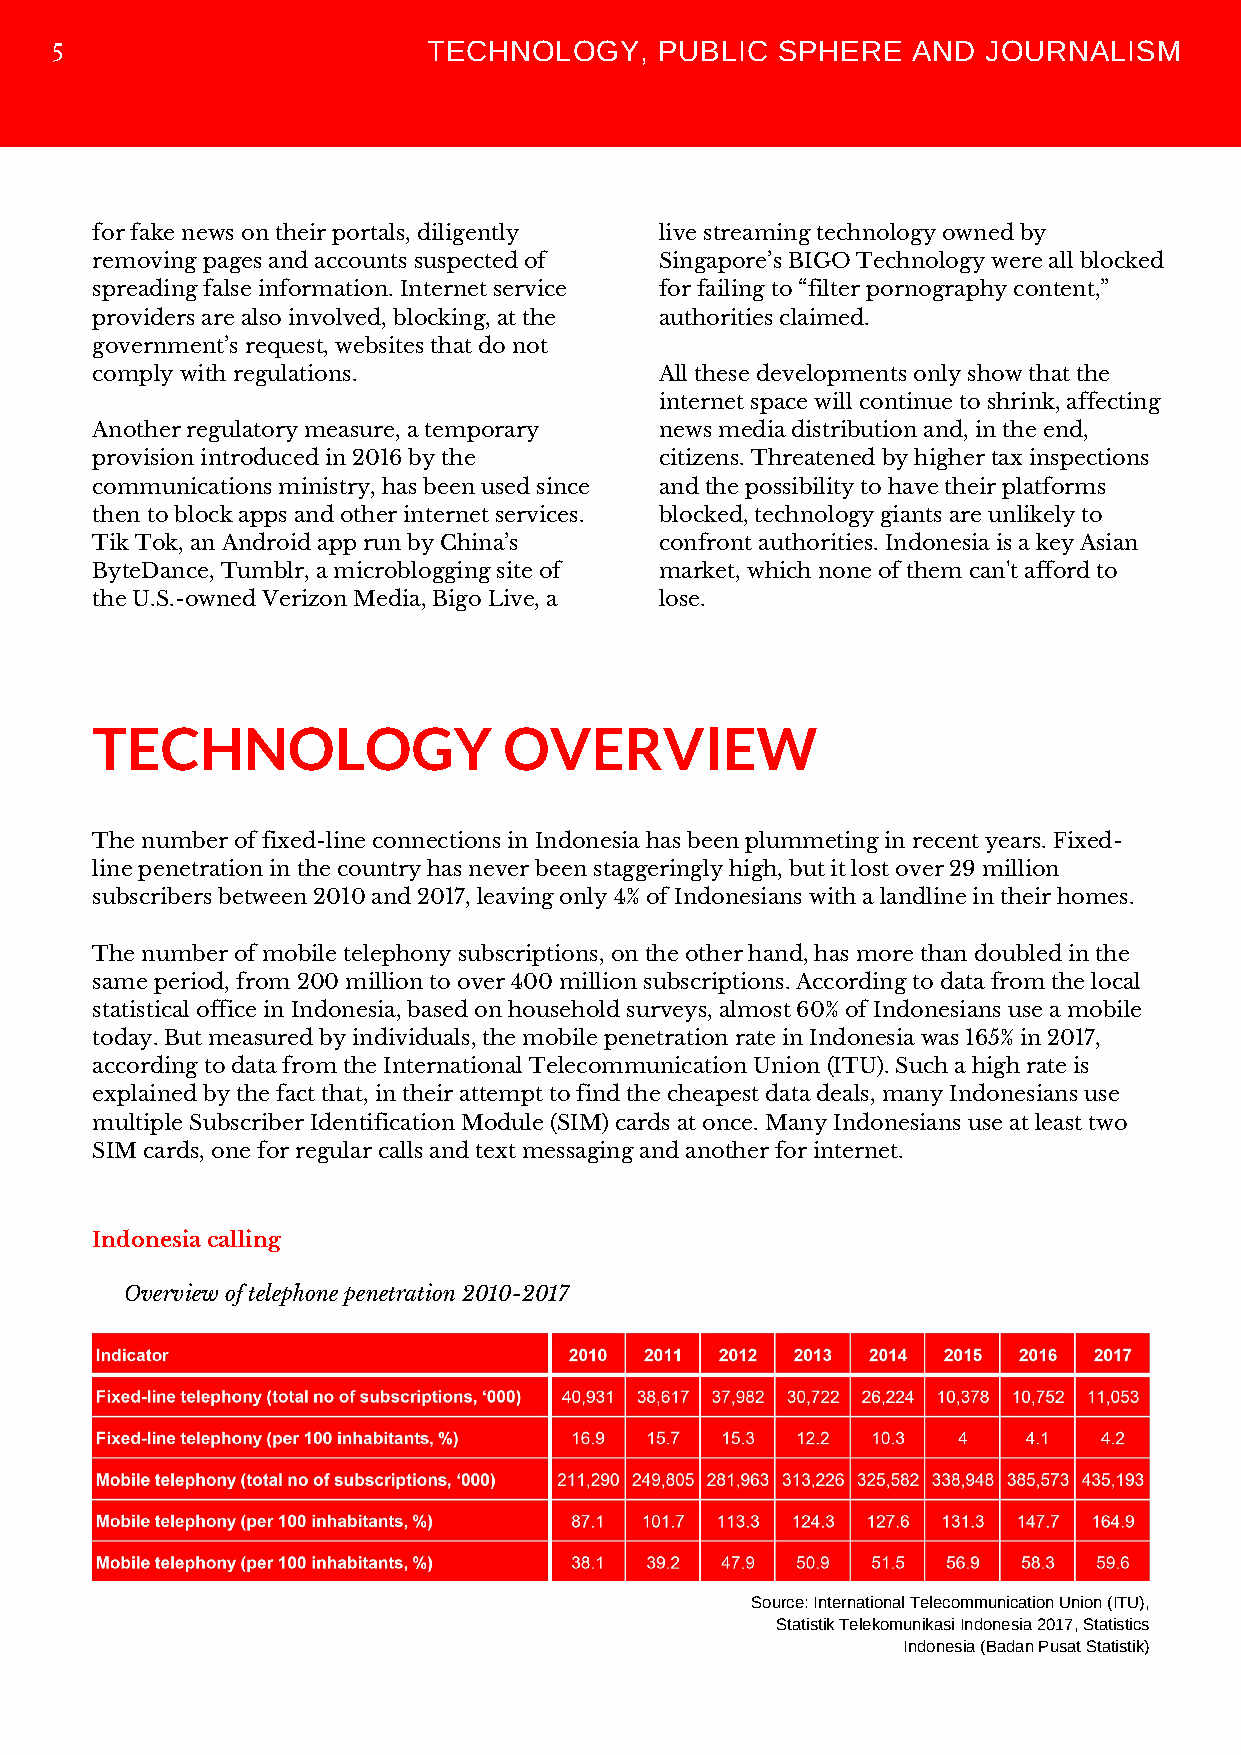
TECHNOLOGY,     PUBLIC SPHERE   AND  JOURNALISM
 5
 for fake news on their portals, diligently live streaming technology owned by
 removing pages and accounts suspected of Singapore’s BIGO Technology were all blocked
 spreading false information. Internet service for failing to “filter pornography content,”
 providers are also involved, blocking, at the authorities claimed.
 government’s request, websites that do not
 comply with regulations.              All these developments only show that the
 internet space will continue to shrink, affecting
 Another regulatory measure, a temporary news media distribution and, in the end,
 provision introduced in 2016 by the   citizens. Threatened by higher tax inspections
 communications ministry, has been used since and the possibility to have their platforms
 then to block apps and other internet services. blocked, technology giants are unlikely to
 Tik Tok, an Android app run by China’s confront authorities. Indonesia is a key Asian
 ByteDance, Tumblr, a microblogging site of market, which none of them can't afford to
 the U.S.-owned Verizon Media, Bigo Live, a lose.
 TECHNOLOGY                 OVERVIEW
 The number of fixed-line connections in Indonesia has been plummeting in recent years. Fixed-
 line penetration in the country has never been staggeringly high, but it lost over 29 million
 subscribers between 2010 and 2017, leaving only 4% of Indonesians with a landline in their homes.
 The number of mobile telephony subscriptions, on the other hand, has more than doubled in the
 same period, from 200 million to over 400 million subscriptions. According to data from the local
 statistical office in Indonesia, based on household surveys, almost 60% of Indonesians use a mobile
 today. But measured by individuals, the mobile penetration rate in Indonesia was 165% in 2017,
 according to data from the International Telecommunication Union (ITU). Such a high rate is
 explained by the fact that, in their attempt to find the cheapest data deals, many Indonesians use
 multiple Subscriber Identification Module (SIM) cards at once. Many Indonesians use at least two
 SIM cards, one for regular calls and text messaging and another for internet.
 Indonesia calling
 Overview of telephone penetration 2010-2017
 Source: International Telecommunication Union (ITU),
 Statistik Telekomunikasi Indonesia 2017, Statistics
 Indonesia (Badan Pusat Statistik)